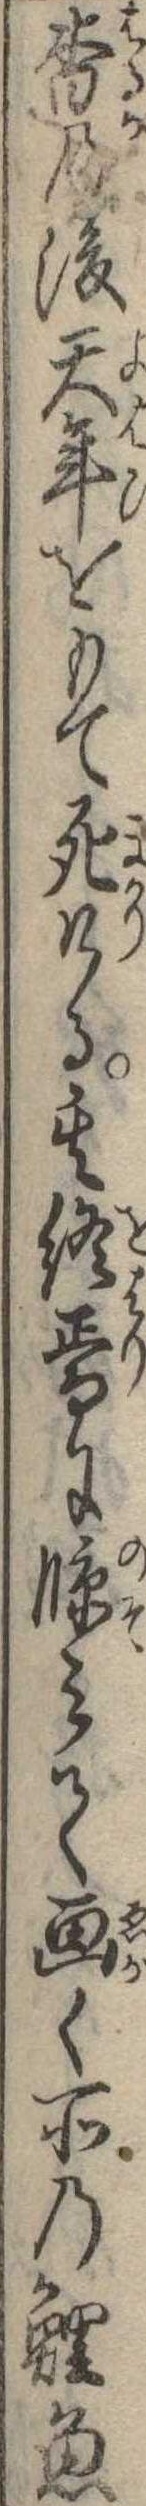
杳の後天年をもて死ける其終焉に臨みて画く所の鯉魚